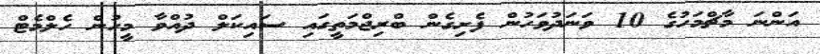
އަންނަ މާޗްމަހުގެ 10 ވަނަދުވަހުން ފެށިގެން ބްރިޖްމަތީގައި ސައިކަލް ދުއްވާ މީހުން ހެލްމެޓް